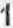
1